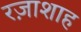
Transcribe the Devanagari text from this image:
रज़ाशाह